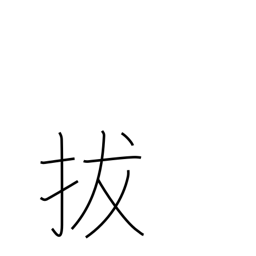
Meaning: quote